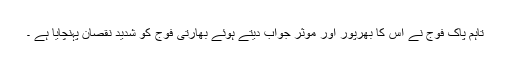
تاہم پاک فوج نے اس کا بھرپور اور موثر جواب دیتے ہوئے بھارتی فوج کو شدید نقصان پہنچایا ہے ۔